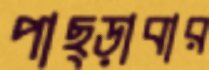
পাছ্‌ড়াবার